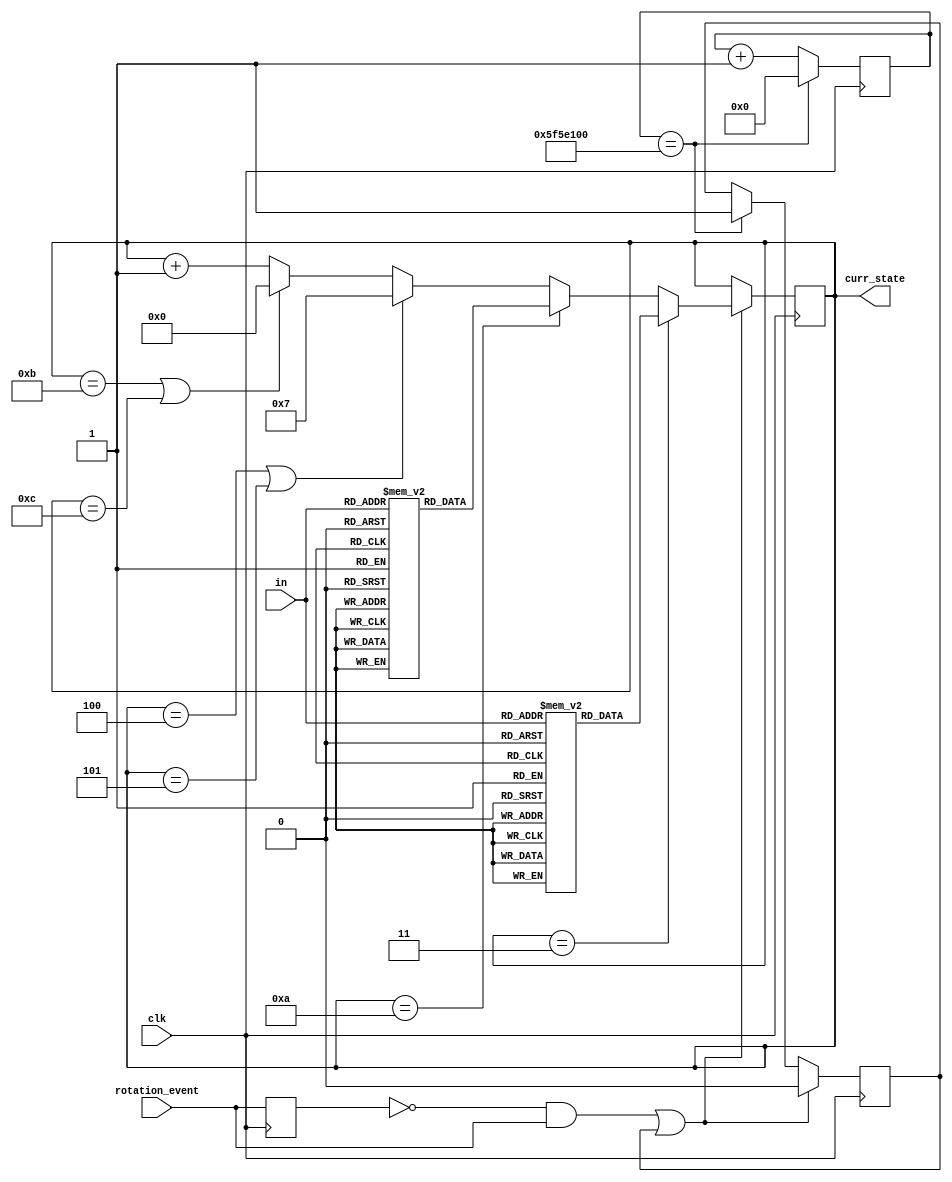
`timescale 1ns / 1ps

//////////////////////////////////////////////////////////////////////////////////
// Company: 
// Engineer: 
// 
// Design Name: 
// Module Name:    fsm 
// Project Name: 
// Target Devices: 
// Tool versions: 
// Description: 
//
// Dependencies: 
//
// Revision: 
// Revision 0.01 - File Created
// Additional Comments: 
//
//////////////////////////////////////////////////////////////////////////////////
module fsm(clk, rotation_event, in, curr_state);
	//input pb;
	input [1:0]in;
	input clk;
	input rotation_event;
	
	output [3:0]curr_state;
	reg [3:0]curr_state = 4'b0000;
	
	wire [1:0]x;
	reg [3:0]DROM1 [0:3];
	reg [3:0]DROM2 [0:3];
	reg prev_rotation_event = 1;
	reg [31:0]cnt = 0;
	reg flag = 0;
	
	assign x = in;

	initial begin
		//Dispatch ROM for S3
		DROM1[0] = 4'b0100;
		DROM1[1] = 4'b0101;
		DROM1[2] = 4'b0110;
		DROM1[3] = 4'b0110;
		
		//Dispatch ROM for S10
		DROM2[0] = 4'b1011;
		DROM2[1] = 4'b1100;
		DROM2[2] = 4'b1100;
		DROM2[3] = 4'b1100;
	end

	/*always @(posedge clk) begin
		cnt <= cnt + 1;
		
		if(cnt == 100000000) begin
			cnt <= 0;
			flag <= 1;
		end
	end*/			

	always @(posedge clk) begin
		
		cnt <= cnt + 1;
		
		if(cnt == 100000000) begin
			cnt <= 0;
			flag <= 1;
		end
		
		if (((prev_rotation_event == 0) && (rotation_event == 1)) || flag == 1) begin
			if(curr_state==3) begin
				curr_state <= DROM1[x];
			end
			else if(curr_state==10) begin
				curr_state <= DROM2[x];
			end
			else if(curr_state==4 || curr_state==5) begin
				curr_state <= 4'b0111;
			end
			else if(curr_state==11 || curr_state==12) begin
				curr_state <= 4'b0000;
			end
			else begin
				curr_state <= curr_state + 1;
			end
			
			flag <= 0;
		end
		prev_rotation_event <= rotation_event;
 	end

endmodule